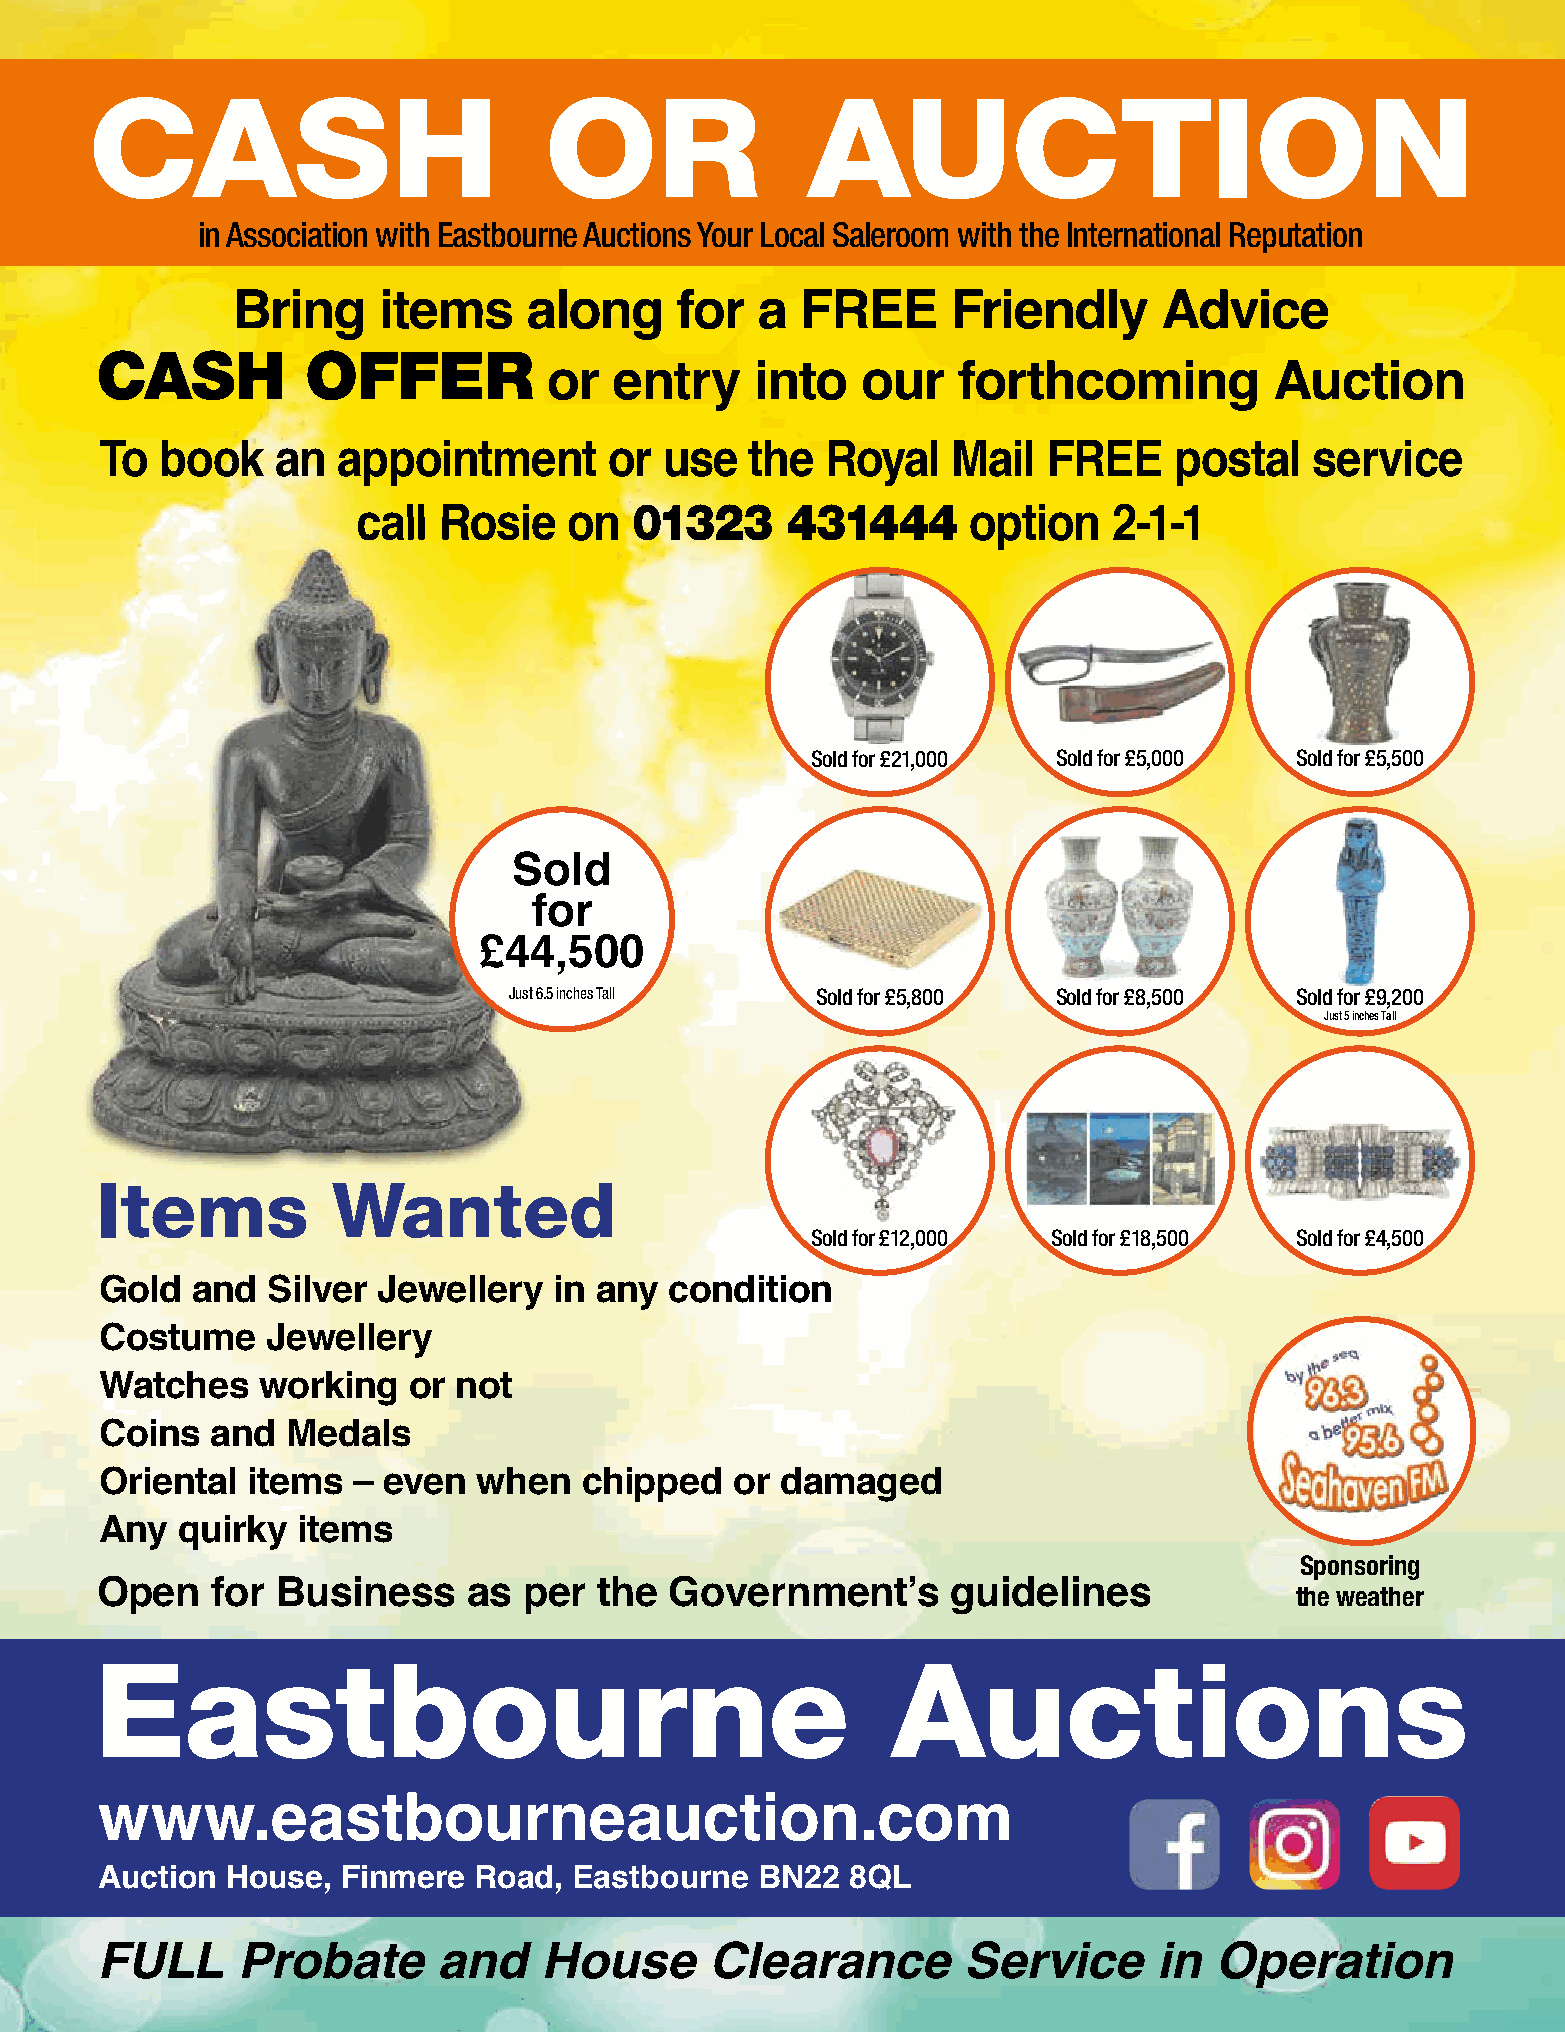
CASH                          OR               AUCTION
 in Association with Eastbourne Auctions Your Local Saleroom with the International Reputation
 Bring     items     along     for  a  FREE      Friendly      Advice
 CASH          OFFER
 or   entry    into   our   forthcoming          Auction
 To  book   an  appointment       or  use   the  Royal   Mail  FREE     postal   service
 01323     431444
 ccaallll RRoossiiee oonn                option    2-1-1
 Sold for £21,000 Sold for £5,000 Sold for £5,500
 Sold
 for
 £44,500
 Just 6.5 inches Tall Sold for £5,800 Sold for £8,500 Sold for £9,200
 Just 5 inches Tall
 Items           Wanted
 Sold for £12,000 Sold for £18,500 Sold for £4,500
 Gold  and  Silver Jewellery   in any condition
 Costume    Jewellery
 Watches   working   or not
 Coins  and  Medals
 Oriental items  – even   when   chipped   or damaged
 Any  quirky  items
 Sponsoring
 Open    for Business     as  per  the Government’s       guidelines             the weather
 Eastbourne                                           Auctions
 www.eastbourneauction.com
 Auction  House,  Finmere Road,  Eastbourne  BN22  8QL
 FULL      Probate      and    House      Clearance        Service      in Operation